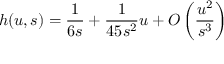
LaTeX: h ( u , s ) = \frac { 1 } { 6 s } + \frac { 1 } { 4 5 s ^ { 2 } } u + { \cal O } \left( \frac { u ^ { 2 } } { s ^ { 3 } } \right)